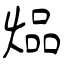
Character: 煰